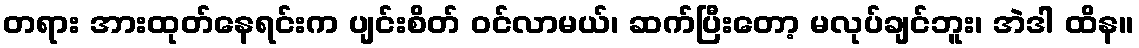
တရား အားထုတ်နေရင်းက ပျင်းစိတ် ဝင်လာမယ်၊ ဆက်ပြီးတော့ မလုပ်ချင်ဘူး၊ အဲဒါ ထိန။